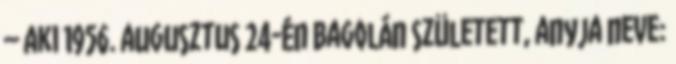
– aki 1956. augusztus 24-én Bagolán született, anyja neve: